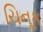
ચિનૂક